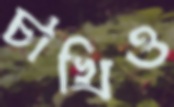
চাখিও